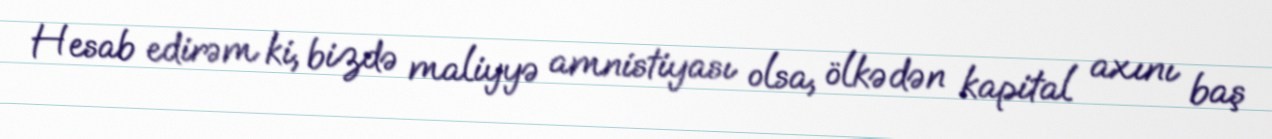
Hesab edirəm ki, bizdə maliyyə amnistiyası olsa, ölkədən kapital axını baş